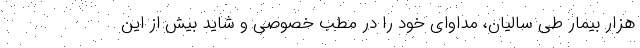
هزار بیمار طی سالیان، مداوای خود را در مطب خصوصی و شاید بیش از این